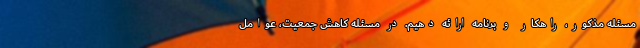
مسئله مذکور، راهکار و برنامه ارائه دهیم. در مسئله کاهش جمعیت، عوامل